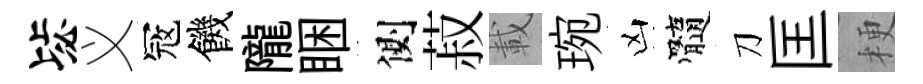
毖义冦饑隴睏側菽載琬凶髓刀匡梗